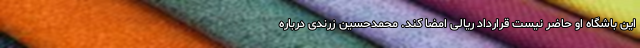
این باشگاه او حاضر نیست قرارداد ریالی امضا کند. محمدحسین زرندی درباره